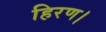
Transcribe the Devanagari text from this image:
हिरण।